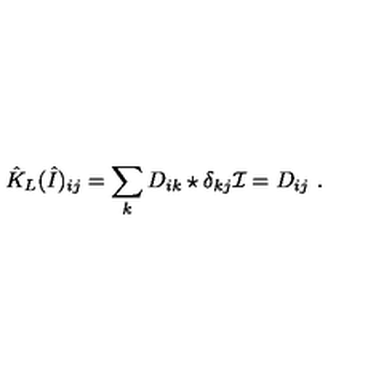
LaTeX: \hat { K } _ { L } ( \hat { I } ) _ { i j } = \sum _ { k } D _ { i k } \star \delta _ { k j } \mathcal { I } = D _ { i j } \ .